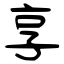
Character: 享